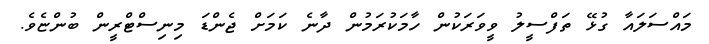
މައްސަލައާ ގުޅޭ ތަފްސީލު ވީވަރަކުން ހާމަކުރަމުން ދާނެ ކަމަށް ޖެންޑަ މިނިސްޓްރީން ބުންޏެވެ.